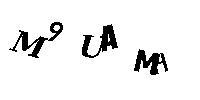
M9UAMA